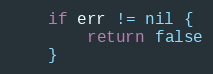
Language: Go
	if err != nil {
		return false
	}